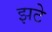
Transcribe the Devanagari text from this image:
झटे